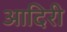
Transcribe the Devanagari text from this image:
आदिरी